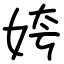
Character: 姱